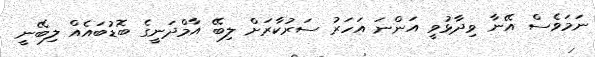
ނަމަވެސް އޭނާ ވިދާޅުވީ އަންނަ އަހަރު ސަރުކާރަށް ލިބޭ އާމްދަނީގެ ބޮޑުބައެއް ލިބޭނީ